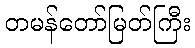
တမန်တော်မြတ်ကြီး